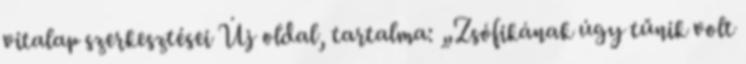
vitalap szerkesztései Új oldal, tartalma: „Zsófikának úgy tűnik volt